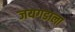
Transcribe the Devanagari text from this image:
जयगडाला